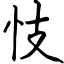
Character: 忮